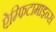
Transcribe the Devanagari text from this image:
ऐम्फिटामाइन्स